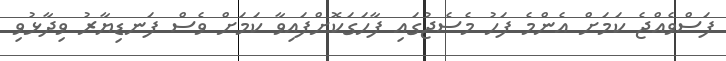
ފަސްވެއްޖެ ކަމަށް އެންމެ ފަހު މެސެޖުގައި ފާހަގަކޮށްފައިވާ ކަމަށް ވެސް ފަނޑިޔާރު ވިދާޅުވި